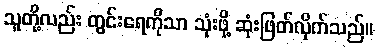
သူတို့လည်း တွင်းရေကိုသာ သုံးဖို့ ဆုံးဖြတ်လိုက်သည်။